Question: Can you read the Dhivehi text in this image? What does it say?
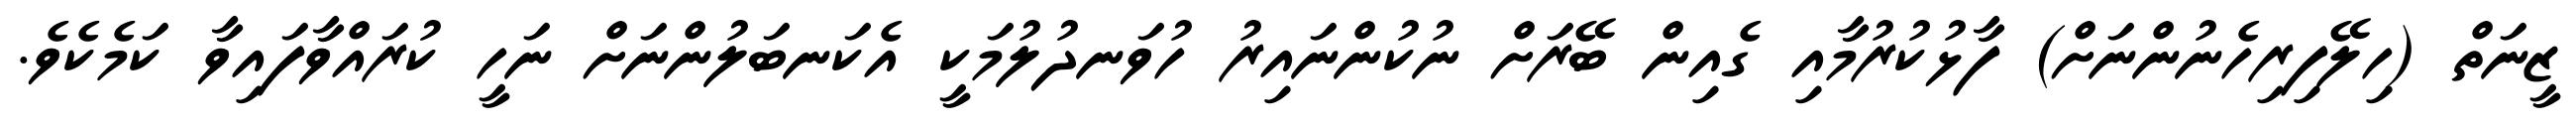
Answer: ޒީނަތް (ހިލޭފިރިހެނުންނަށް) ފާޅުކުރުމާއި ގެއިން ބޭރަށް ނުކުންނައިރު ހުވަނދުލުމަކީ އެކަނބަލުންނަށް ނަހީ ކުރައްވާފައިވާ ކަމެކެވެ.